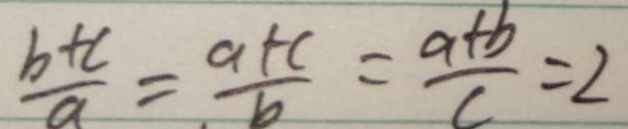
\frac { b + c } { a } = \frac { a + c } { b } = \frac { a + b } { c } = 2